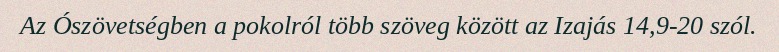
Az Ószövetségben a pokolról több szöveg között az Izajás 14,9-20 szól.